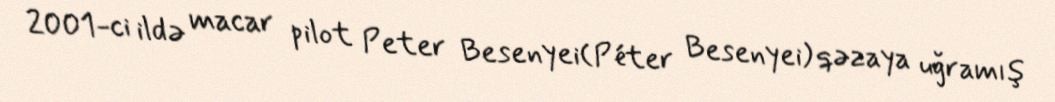
2001-ci ildə macar pilot Peter Besenyei(Péter Besenyei) qəzaya uğramış